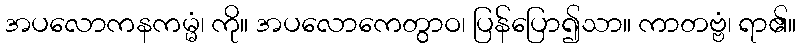
အပလောကနကမ္မံ၊ ကို။ အပလောကေတွာဝ၊ ပြန်ပြော၍သာ။ ကာတဗ္ဗံ၊ ရာ၏။